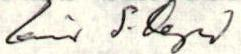
Eino S. Repo